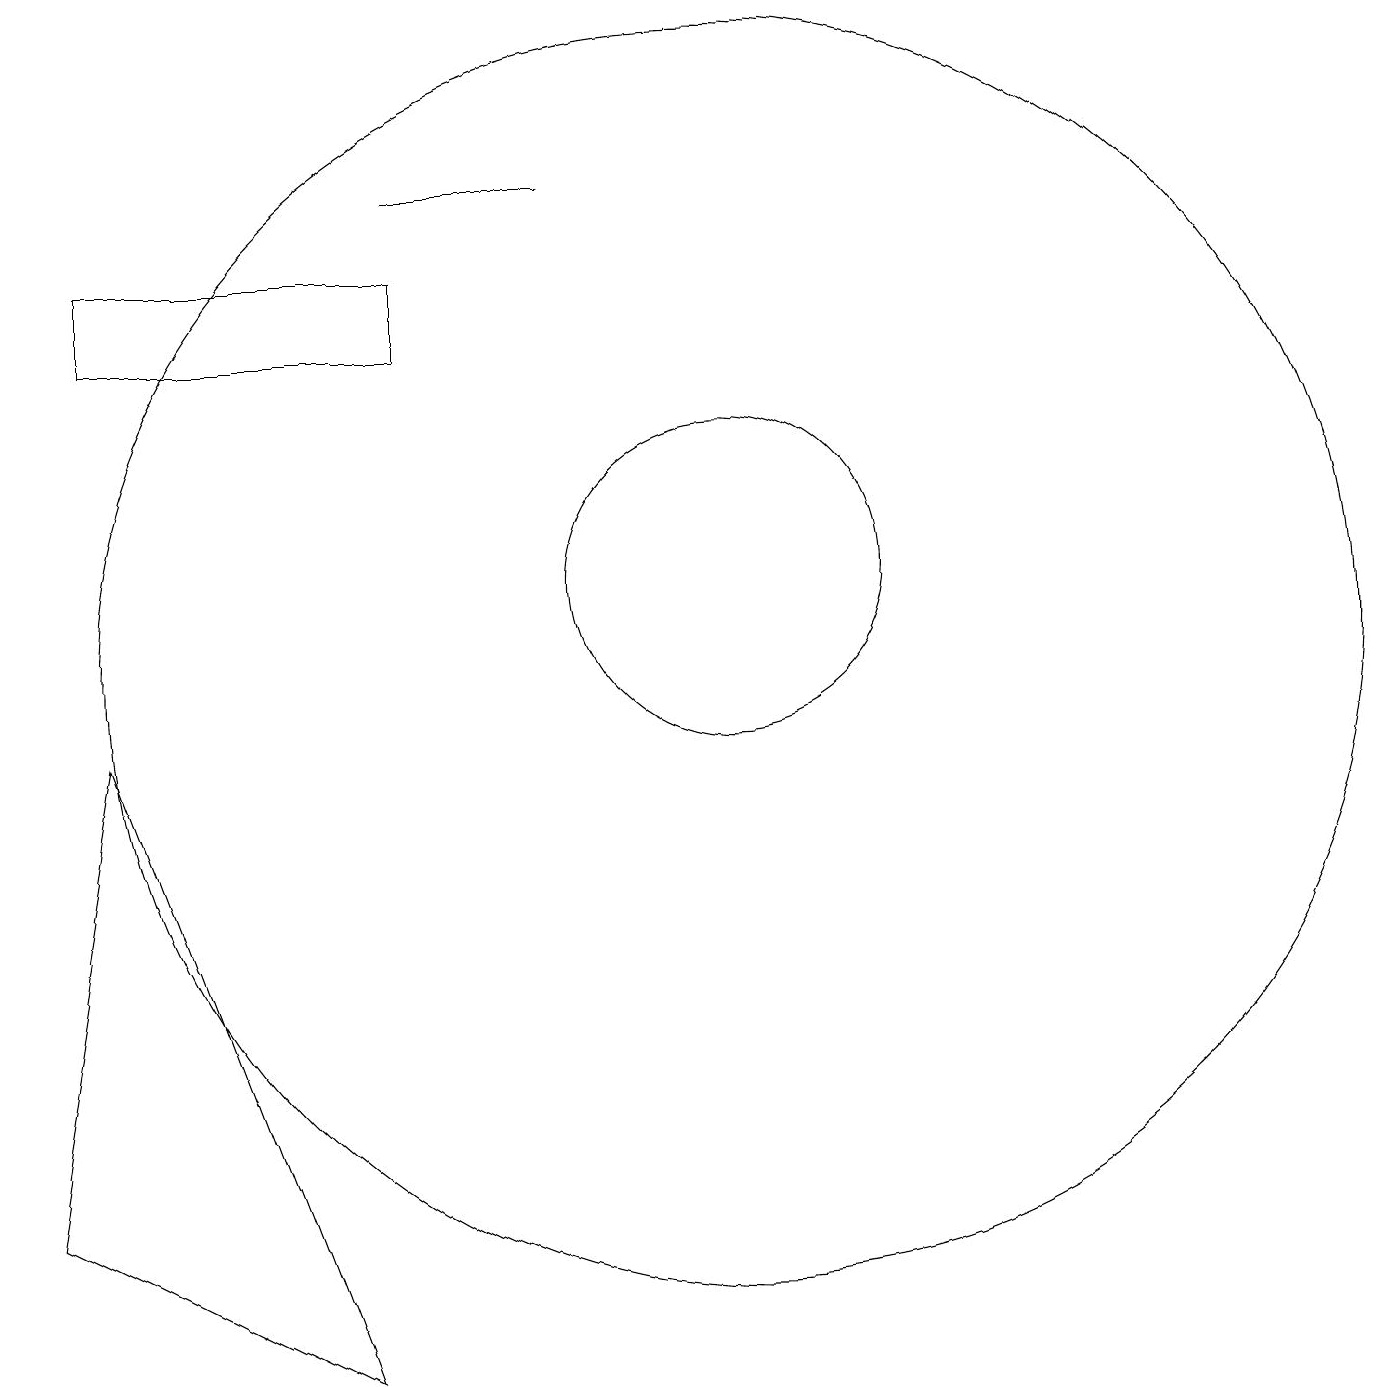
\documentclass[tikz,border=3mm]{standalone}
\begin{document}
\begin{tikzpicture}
\draw (11,10) circle (8);
\draw (7,16) rectangle (9,16);
\draw (3,9) -- (2,3) -- (6,1) -- cycle;
\draw (11,11) circle (2);
\draw (7,14) rectangle (3,15);
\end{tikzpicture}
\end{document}